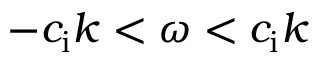
- c _ { \mathrm { i } } k < \omega < c _ { \mathrm { i } } k